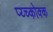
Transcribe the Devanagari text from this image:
प्य्च्कोक्क